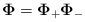
LaTeX: \begin{align*}\mathbf{\Phi }=\mathbf{\Phi }_{+}\mathbf{\Phi }_{-}\end{align*}